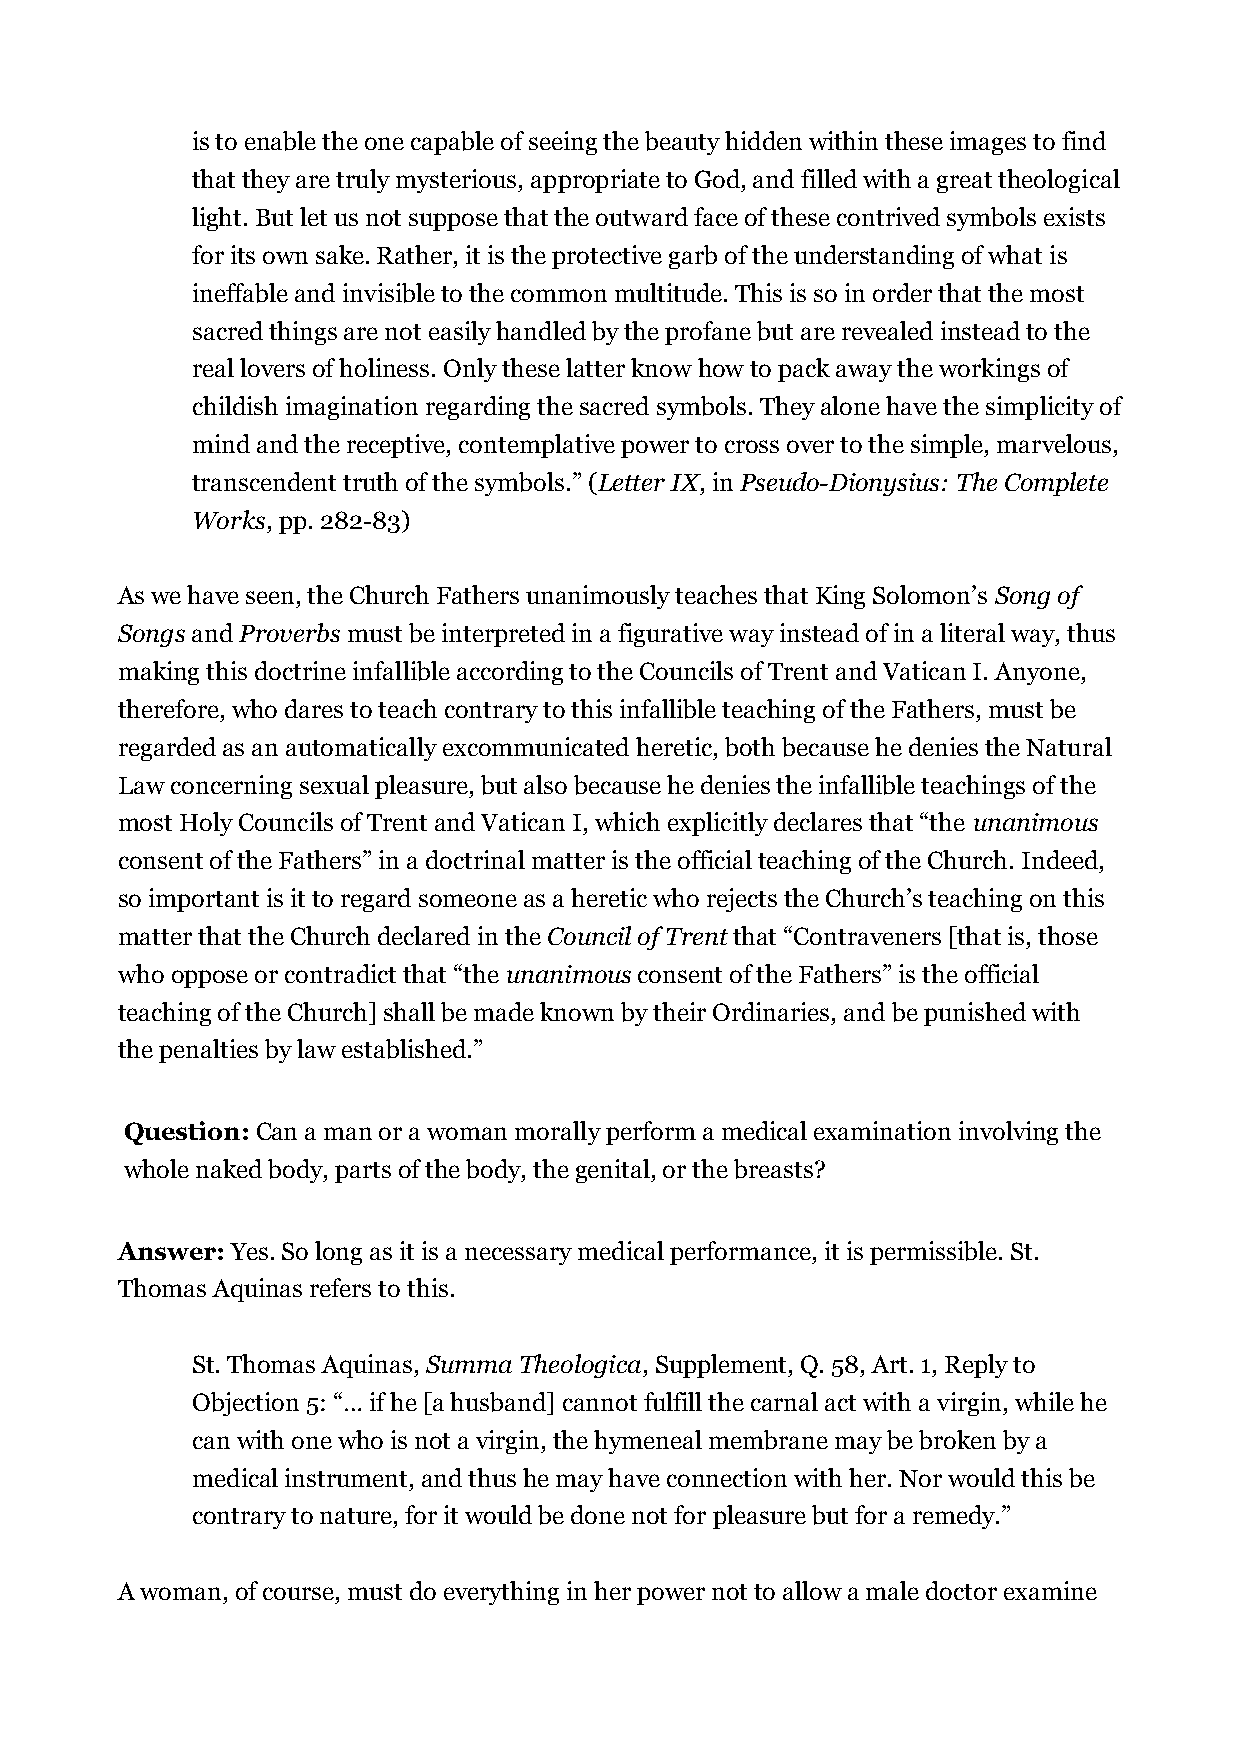
is to enable the one capable of seeing the beauty hidden within these images to find
 that they are truly mysterious, appropriate to God, and filled with a great theological
 light. But let us not suppose that the outward face of these contrived symbols exists
 for its own sake. Rather, it is the protective garb of the understanding of what is
 ineffable and invisible to the common multitude. This is so in order that the most
 sacred things are not easily handled by the profane but are revealed instead to the
 real lovers of holiness. Only these latter know how to pack away the workings of
 childish imagination regarding the sacred symbols. They alone have the simplicity of
 mind and the receptive, contemplative power to cross over to the simple, marvelous,
 transcendent truth of the symbols.” (Letter IX, in Pseudo-Dionysius: The Complete
 Works, pp. 282-83)
 As we have seen, the Church Fathers unanimously teaches that King Solomon’s Song of
 Songs and Proverbs must be interpreted in a figurative way instead of in a literal way, thus
 making this doctrine infallible according to the Councils of Trent and Vatican I. Anyone,
 therefore, who dares to teach contrary to this infallible teaching of the Fathers, must be
 regarded as an automatically excommunicated heretic, both because he denies the Natural
 Law concerning sexual pleasure, but also because he denies the infallible teachings of the
 most Holy Councils of Trent and Vatican I, which explicitly declares that “the unanimous
 consent of the Fathers” in a doctrinal matter is the official teaching of the Church. Indeed,
 so important is it to regard someone as a heretic who rejects the Church’s teaching on this
 matter that the Church declared in the Council of Trent that “Contraveners [that is, those
 who oppose or contradict that “the unanimous consent of the Fathers” is the official
 teaching of the Church] shall be made known by their Ordinaries, and be punished with
 the penalties by law established.”
 Question: Can a man or a woman morally perform a medical examination involving the
 whole naked body, parts of the body, the genital, or the breasts?
 Answer: Yes. So long as it is a necessary medical performance, it is permissible. St.
 Thomas Aquinas refers to this.
 St. Thomas Aquinas, Summa Theologica, Supplement, Q. 58, Art. 1, Reply to
 Objection 5: “… if he [a husband] cannot fulfill the carnal act with a virgin, while he
 can with one who is not a virgin, the hymeneal membrane may be broken by a
 medical instrument, and thus he may have connection with her. Nor would this be
 contrary to nature, for it would be done not for pleasure but for a remedy.”
 A woman, of course, must do everything in her power not to allow a male doctor examine